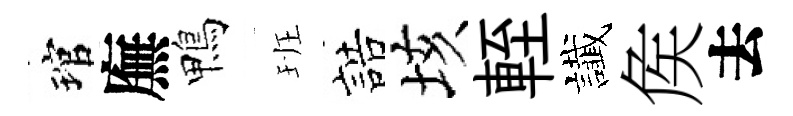
琯廡鴨班誥垓輊䜟矦去